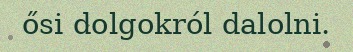
ősi dolgokról dalolni.